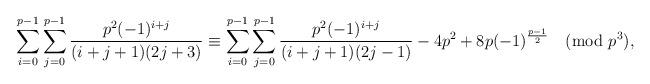
LaTeX: \begin{align*}\sum_{i=0}^{p-1}\sum_{j=0}^{p-1}\frac{p^2(-1)^{i+j}}{(i+j+1)(2j+3)}\equiv\sum_{i=0}^{p-1}\sum_{j=0}^{p-1}\frac{p^2(-1)^{i+j}}{(i+j+1)(2j-1)}-4p^2+8p(-1)^{\frac{p-1}{2}}\pmod{p^3}, \end{align*}